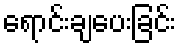
ရောင်းချပေးခြင်း